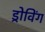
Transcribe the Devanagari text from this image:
ड्रोविंग